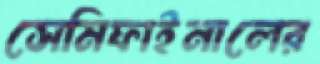
সেমিফাইনালের